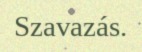
Szavazás.